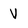
Character: V